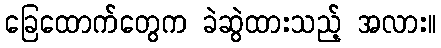
ခြေထောက်တွေက ခဲဆွဲထားသည့် အလား။